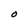
Character: O